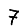
Digit: 7